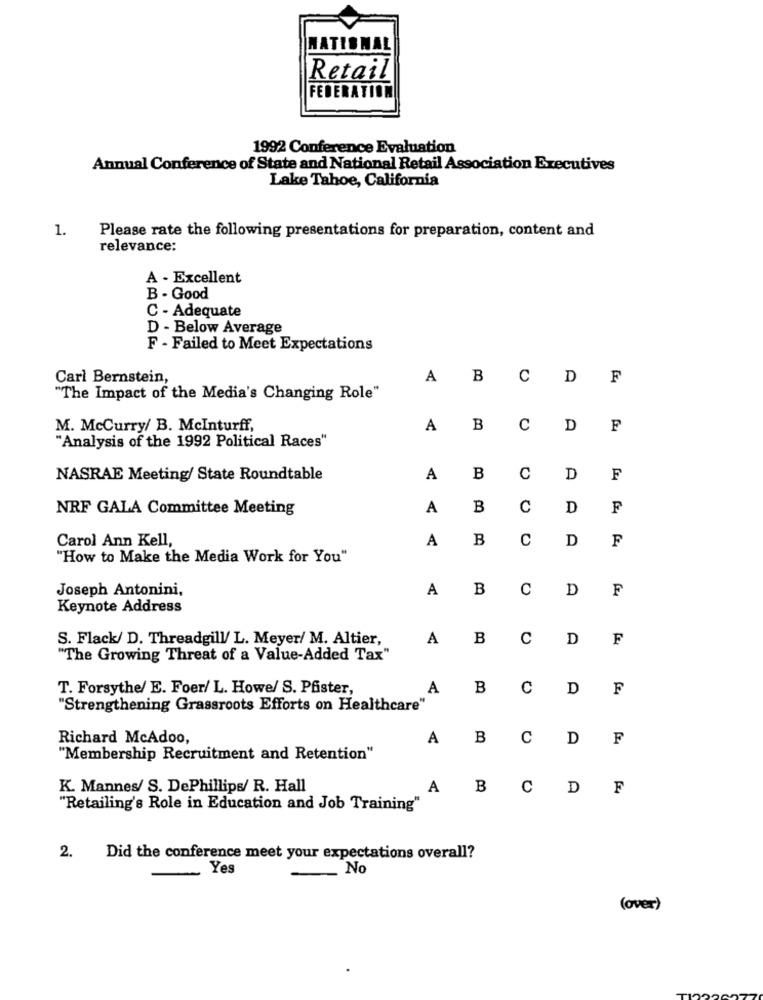
NATIONAL
Retail
FEDERATION
1992 Conference Evaluation
Annual Conference of State and National Retail Association Executives
Lake Tahoe, California
1.
Please rate the following presentations for preparation, content and
relevance:
A - Excellent
B - Good
C - Adequate
D - Below Average
F - Failed to Meet Expectations
Carl Bernstein,
A
B
C
D
F
"The Impact of the Media's Changing Role"
M. McCurry/ B. McInturff,
A
B
C
D
F
"Analysis of the 1992 Political Races"
NASRAE Meeting/ State Roundtable
A
B
C
D
F
NRF GALA Committee Meeting
A
B
C
D
F
Carol Ann Kell,
A
B
C
D
F
"How to Make the Media Work for You"
Joseph Antonini,
A
B
C
D
F
Keynote Address
S. Flack/ D. Threadgill/ L. Meyer/ M. Altier,
A
B
C
D
F
"The Growing Threat of a Value-Added Tax"
T. Forsythe/ E. Foer/ L. Howe/ S. Pfister,
A
B
C
D
F
"Strengthening Grassroots Efforts on Healthcare"
Richard McAdoo,
A
B
C
D
F
"Membership Recruitment and Retention"
K. Mannes/ S. DePhillips/ R. Hall
A
B
C
D
F
"Retailing's Role in Education and Job Training"
2.
Did the conference meet your expectations overall?
Yes
No
(over)